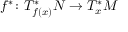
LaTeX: f ^ { * } \colon T _ { f ( x ) } ^ { * } N \to T _ { x } ^ { * } M